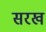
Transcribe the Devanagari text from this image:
सरख